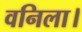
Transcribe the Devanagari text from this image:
वनिला।